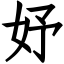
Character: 妤